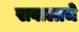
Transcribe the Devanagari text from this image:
सवालाचे